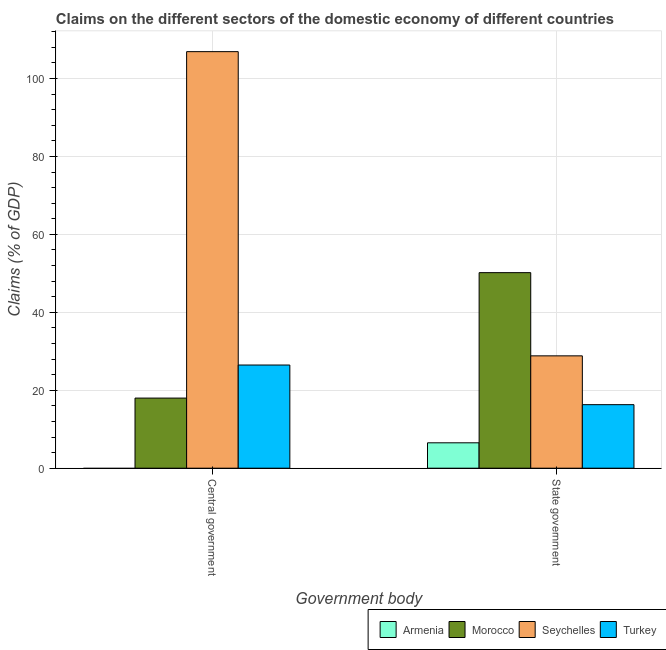
| Government body | Armenia | Morocco | Seychelles | Turkey |
 | --- | --- | --- | --- | --- |
 | Central government | -0.953 | 18 | 107 | 26.5 |
 | State government | 6.51 | 50.2 | 28.8 | 16.3 |